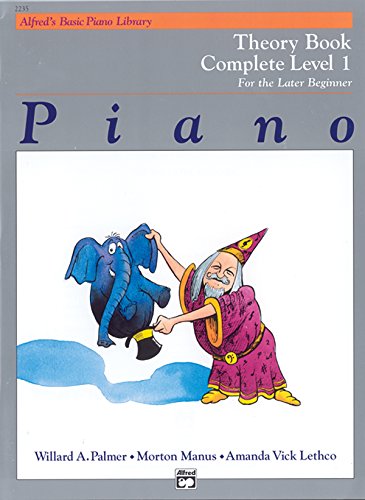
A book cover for Alfred's Basic Piano Library Piano Course, Theory Book Complete Level 1: For the Later Beginner; Willard A. Palmer; Arts & Photography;